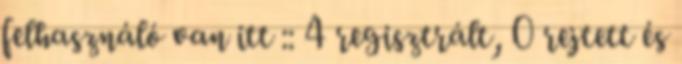
felhasználó van itt :: 4 regisztrált, 0 rejtett és